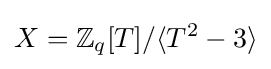
X=\mathbb {Z} _{q}[T]/\langle T^{2}-3\rangle